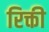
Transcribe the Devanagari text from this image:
रिक्ती